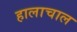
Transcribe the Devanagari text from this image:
हालाचाल